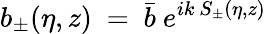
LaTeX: b_{\pm}(\eta,z)~=~\bar{b}~e^{ik~S_{\pm}(\eta,z)}